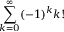
\sum _ { k = 0 } ^ { \infty } ( - 1 ) ^ { k } k !